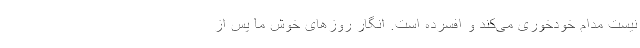
نیست مدام خودخوری می‌کند و افسرده است. انگار روز‌های خوش ما پس از